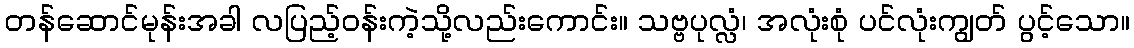
တန်ဆောင်မုန်းအခါ လပြည့်ဝန်းကဲ့သို့လည်းကောင်း။ သဗ္ဗပုလ္လံ၊ အလုံးစုံ ပင်လုံးကျွတ် ပွင့်သော။